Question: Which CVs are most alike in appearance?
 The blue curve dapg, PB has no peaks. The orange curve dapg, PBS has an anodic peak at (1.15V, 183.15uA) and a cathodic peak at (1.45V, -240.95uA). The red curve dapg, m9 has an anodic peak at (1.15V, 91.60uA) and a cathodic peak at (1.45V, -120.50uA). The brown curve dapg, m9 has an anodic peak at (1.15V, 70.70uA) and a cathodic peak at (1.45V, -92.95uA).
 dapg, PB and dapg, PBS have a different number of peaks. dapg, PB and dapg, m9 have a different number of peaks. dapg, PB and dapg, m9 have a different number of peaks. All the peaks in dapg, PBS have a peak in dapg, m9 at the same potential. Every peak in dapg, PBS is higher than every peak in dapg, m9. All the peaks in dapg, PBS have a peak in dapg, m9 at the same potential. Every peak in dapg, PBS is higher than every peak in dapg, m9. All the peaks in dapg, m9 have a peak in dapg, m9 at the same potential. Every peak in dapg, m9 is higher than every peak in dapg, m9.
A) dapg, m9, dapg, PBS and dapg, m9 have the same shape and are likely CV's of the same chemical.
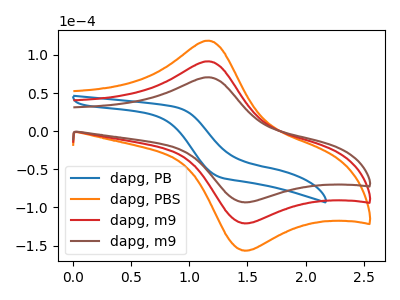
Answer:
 <answer>A) "dapg, m9", "dapg, PBS" and "dapg, m9" have the same shape and are likely CV's of the same chemical.</answer>
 <eval>A</eval>